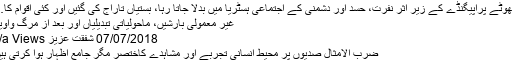
جھوٹے پراپیگنڈے کے زیر اثر نفرت، حسد اور دشمنی کے اجتماعی ہسٹریا میں بدلا جاتا رہا، بستیاں تاراج کی گئیں اور کئی اقوام کا…
غیر معمولی بارشیں، ماحولیاتی تبدیلیاں اور بعد از مرگ واویلا
07/07/2018 شفقت عزیز n/a Views
ضرب الامثال صدیوں پر محیط انسانی تجربے اور مشاہدے کاختصر مگر جامع اظہار ہوا کرتی ہیں۔